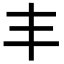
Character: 丰